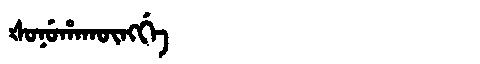
Manchu: ᡧᠣᠨᡠᡥᠠᡴᡡᠩᡤᡝ
Romanization: ŠONUHAKŪNGGE